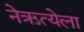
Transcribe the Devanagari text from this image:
नेऋत्येला